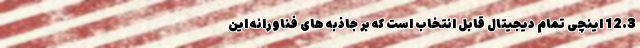
12.3 اینچی تمام دیجیتال قابل انتخاب است که بر جاذبه های فناورانه این